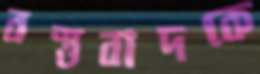
বস্তুবাদকে